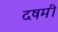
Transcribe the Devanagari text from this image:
दषमी